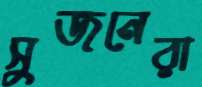
সুজনেরা